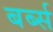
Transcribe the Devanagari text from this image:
बर्ब्स